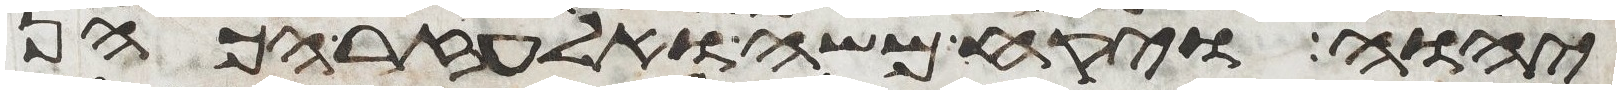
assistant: יהוה ויקח משה ואלעזר הכהן